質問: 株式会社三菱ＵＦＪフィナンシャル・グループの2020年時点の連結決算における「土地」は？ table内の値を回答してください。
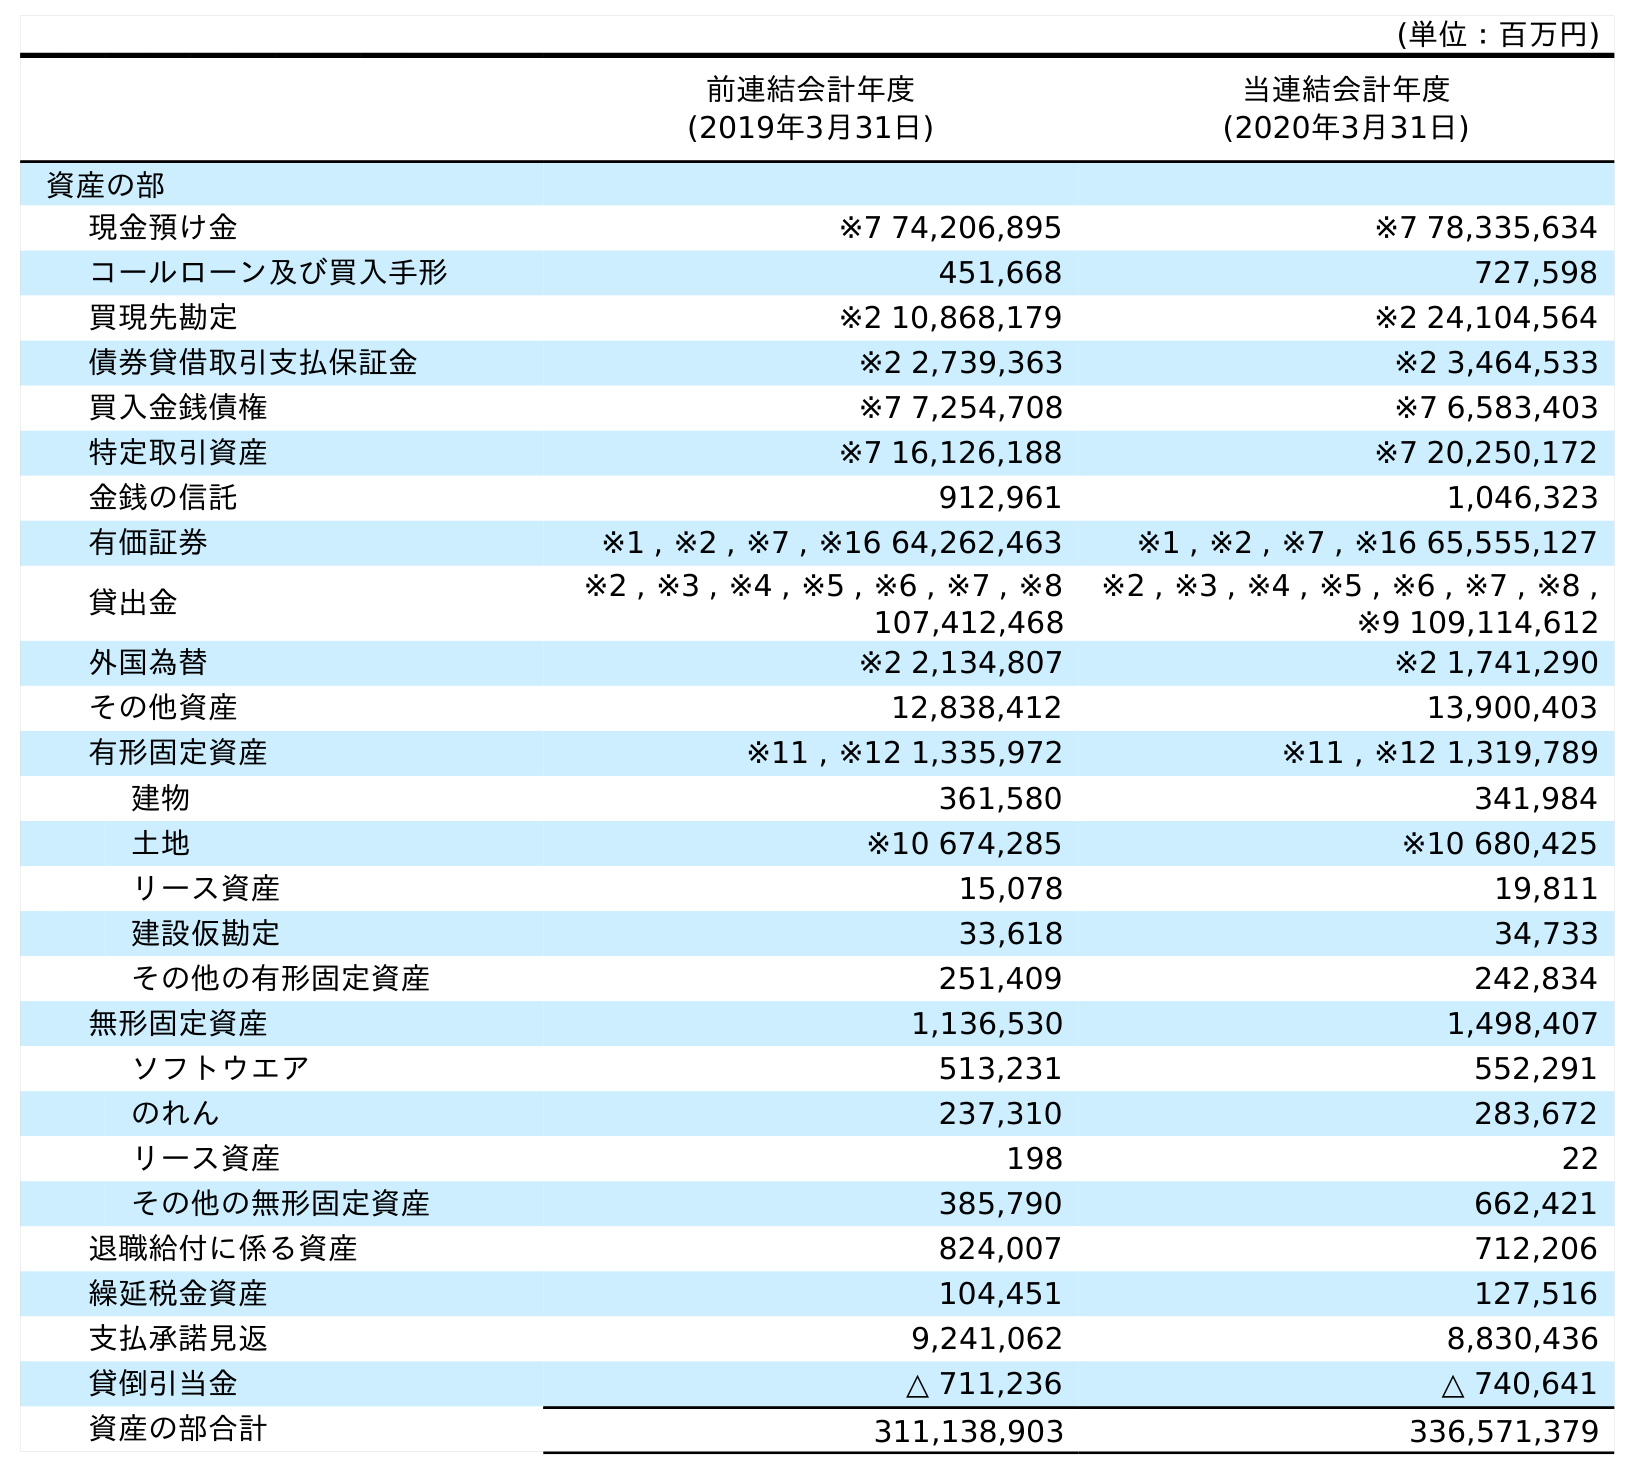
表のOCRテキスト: (単位：百万円) 前連結会計年度 (2019年3月31日) 当連結会計年度 (2020年3月31日) 資産の部 現金預け金 ※7 74,206,895 ※7 78,335,634 コールローン及び買入手形 451,668 727,598 買現先勘定 ※2 10,868,179 ※2 24,104,564 債券貸借取引支払保証金 ※2 2,739,363 ※2 3,464,533 買入金銭債権 ※7 7,254,708 ※7 6,583,403 特定取引資産 ※7 16,126,188 ※7 20,250,172 金銭の信託 912,961 1,046,323 有価証券 ※1 , ※2 , ※7 , ※16 64,262,463 ※1 , ※2 , ※7 , ※16 65,555,127 貸出金 ※2 , ※3 , ※4 , ※5 , ※6 , ※7 , ※8 107,412,468 ※2 , ※3 , ※4 , ※5 , ※6 , ※7 , ※8 , ※9 109,114,612 外国為替 ※2 2,134,807 ※2 1,741,290 その他資産 12,838,412 13,900,403 有形固定資産 ※11 , ※12 1,335,972 ※11 , ※12 1,319,789 建物 361,580 341,984 土地 ※10 674,285 ※10 680,425 リース資産 15,078 19,811 建設仮勘定 33,618 34,733 その他の有形固定資産 251,409 242,834 無形固定資産 1,136,530 1,498,407 ソフトウエア 513,231 552,291 のれん 237,310 283,672 リース資産 198 22 その他の無形固定資産 385,790 662,421 退職給付に係る資産 824,007 712,206 繰延税金資産 104,451 127,516 支払承諾見返 9,241,062 8,830,436 貸倒引当金 △ 711,236 △ 740,641 資産の部合計 311,138,903 336,571,379
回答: ※10680,425